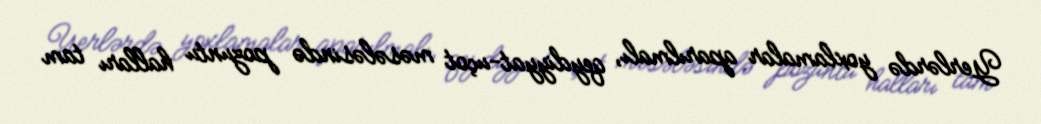
Yerlərdə yoxlamalar aparılmalı, qeydiyyat-uçot məsələsində pozuntu halları tam